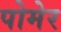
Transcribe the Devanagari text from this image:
पोमेर